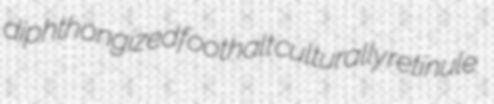
diphthongized foothalt culturally retinule